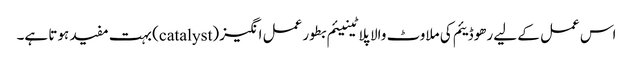
اس عمل کے لیے رھوڈیئم کی ملاوٹ والا پلاٹینیئم بطور عمل انگیز (catalyst) بہت مفید ہوتا ہے۔